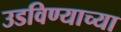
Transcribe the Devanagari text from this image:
उडविण्याच्या